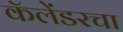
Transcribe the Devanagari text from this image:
कॅलेंडरचा